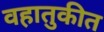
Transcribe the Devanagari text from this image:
वहातुकीत